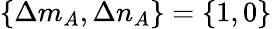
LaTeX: \{ \Delta m_{A},\Delta n_{A}\} =\{ 1,0\}